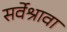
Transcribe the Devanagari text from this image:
सर्वेश्रावा